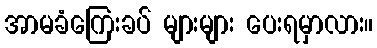
အာမခံကြေးခပ် များများ ပေးရမှာလား။